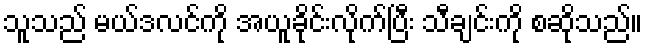
သူသည် မယ်ဒလင်ကို အယူခိုင်းလိုက်ပြီး သီချင်းကို စဆိုသည်။